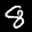
Label: 8